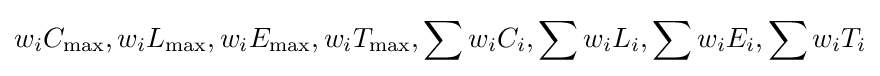
w_{i}C_{\max },w_{i}L_{\max },w_{i}E_{\max },w_{i}T_{\max },\sum w_{i}C_{i},\sum w_{i}L_{i},\sum w_{i}E_{i},\sum w_{i}T_{i}